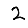
Digit: 2